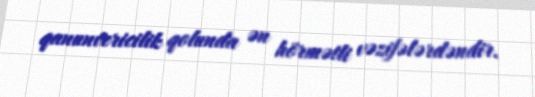
qanunvericilik qolunda ən hörmətli vəzifələrdəndir.